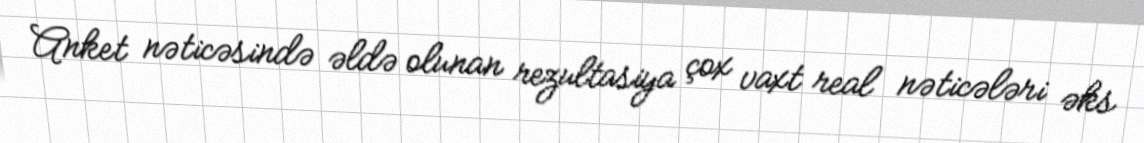
Anket nəticəsində əldə olunan rezultasiya çox vaxt real nəticələri əks